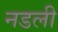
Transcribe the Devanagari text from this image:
नडली